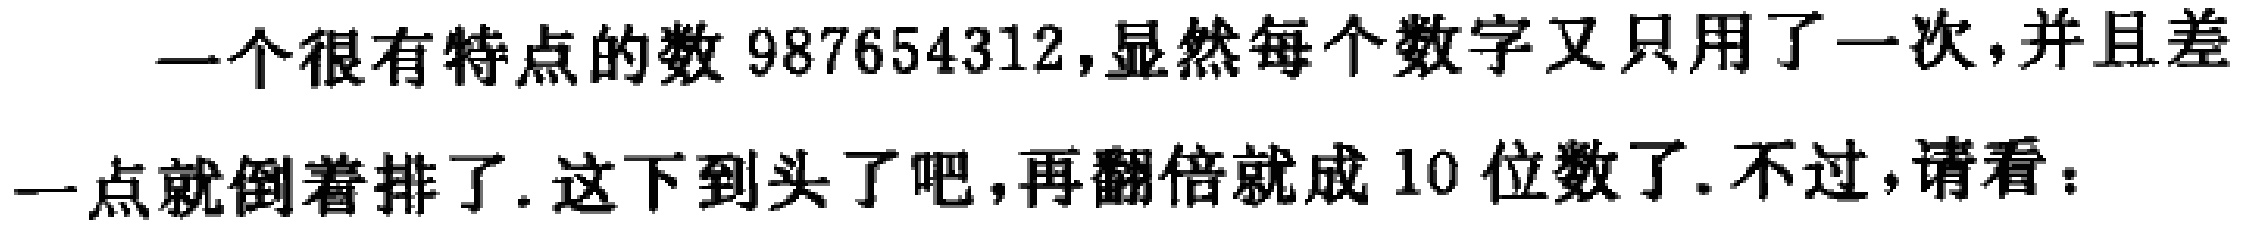
一个很有特点的数 987654312，显然每个数字又只用了一次，并且差一点就倒着排了. 这下到头了吧，再翻倍就成 10 位数了. 不过，请看：